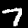
Label: 7